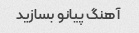
آهنگ پیانو بسازید